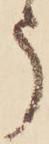
う